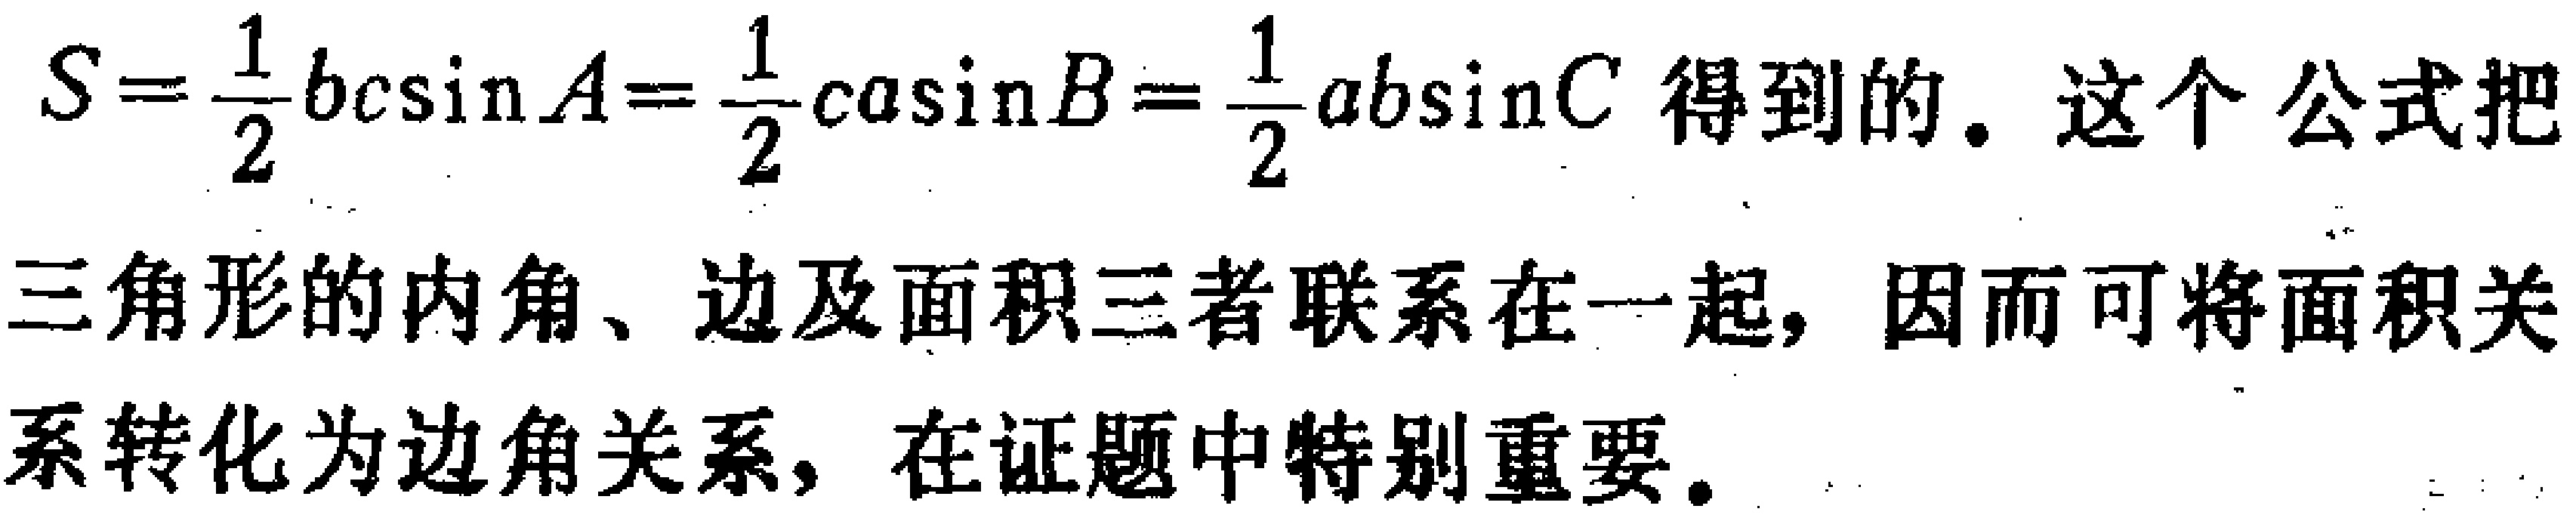
$S=\frac{1}{2}bc\sin A=\frac{1}{2}ca\sin B=\frac{1}{2}ab\sin C$得到的。这个公式把
三角形的内角、边及面积三者联系在一起，因而可将面积关
系转化为边角关系，在证题中特别重要。